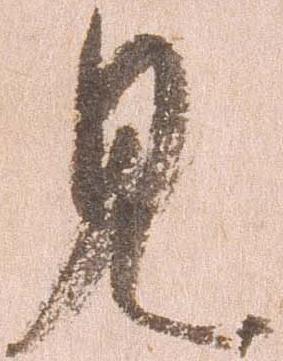
見